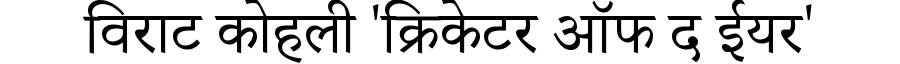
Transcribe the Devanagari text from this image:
विराट कोहली 'क्रिकेटर ऑफ द ईयर'